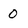
Character: 0